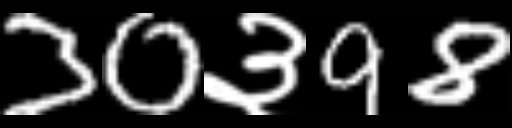
Text: 30३98